Insane asylums in Bengal annual reports 1867-1875 - 1867-1875
Year: 1867
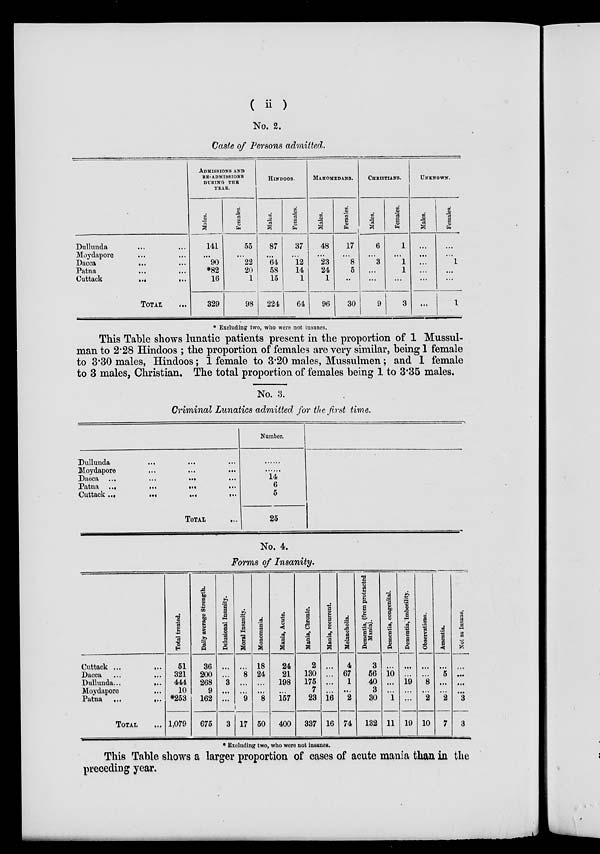
( ii )
No. 2.
Caste of Persons admitted.
Dullunda
...
...
Moydapore ... ...
Dacca ...
...
Patna
...
...
Cuttack
...
...
TOTAL ...
ADMISSIONS AND
RE-ADMISSIONS
DURING THE
YEAR.
Males.
141
... 90
*82
16
329
Females.
55
... 22
20
1
98
HINDOOS.
Males.
87
... 64
58
15
224
Females.
37
...
12
14
1
64
MAHOMEDANS.
Males.
48
... 23
24
1
96
Females.
17
... 8
5
...
30
CHRISTIANS.
Males.
6
... 3
...
...
9
Females.
1
... 1
1
...
3
UNKNOWN.
Males.
...
...
...
...
...
...
Females.
...
... 1
...
...
1
* Excluding two, who were not insanes.
This Table shows lunatic patients present in the proportion of 1 Mussul-
man to 2.28 Hindoos ; the proportion of females are very similar, being 1 female
to 3.30 males, Hindoos; 1 female to 320 males, Mussulmen; and 1 female
to 3 males, Christian, The total proportion of females being 1 to 3.35 males.
No. 3.
Criminal Lunatics admitted for the first time.
Dullunda ... ... ...
Moydapore ... ... ...
Dacca
...
...
...
...
Patna
...
...
...
...
Cuttack
...
...
...
...
TOTAL
...
Number.
......
......
14
6
5
25
No. 4.
Forms of Insanity.
Cuttack ...
...
Dacca ...
...
Dullunda...
...
Moydapore ...
Patna
...
...
TOTAL ...
Total treated.
51
321
444
10
*253
1,079
Daily average Strength.
36
200
268
9
162
675
Delusional Insanity.
...
...
3
...
...
3
Moral Insanity.
...
8
...
...
9
17
Monomania.
18
24
...
...
8
50
Mania, Acute.
24
21
198
...
157
400
Mania, Chronic.
2
130
175
7
23
337
Mania, recurrent.
...
...
...
...
16
16
Melancholia.
4
67
1
...
2
74
Dementia, (from protracted
Mania).
3
56
40
3
30
132
Dementia, congenital.
...
10
...
...
1
11
Dementia, Imbecility.
...
...
19
...
...
19
Observations.
...
...
8
...
2
10
Amentia.
...
5
...
...
2
7
Not as
Insane.
...
...
...
...
3
3
* Excluding two, who were not insanes.
This Table shows a larger proportion of cases of acute mania than in the
preceding year.